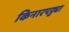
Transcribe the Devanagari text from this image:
किनारपट्ट्या